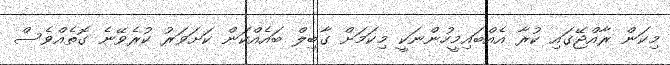
މިކަން ރާއްޖޭގައި ކުރާ އެއްބައިމީހުންނަކީ މިކަމަށް ގާބިލް ބައެއްކަން ކަށަވަރު ކުރެވޭނެ ގޮތެއްވެސް